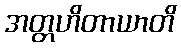
အတ္တဟိတာယာတိ